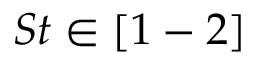
S t \in [ 1 - 2 ]